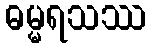
ဓမ္မရသဿ